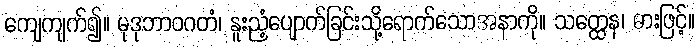
ကျေကျက်၍။ မုဒုဘာဝဂတံ၊ နူးညံ့ပျောက်ခြင်းသို့ရောက်သောအနာကို။ သတ္ထေန၊ ဓားဖြင့်။